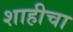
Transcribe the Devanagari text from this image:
शाहीचा